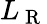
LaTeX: L_{\mathrm{~R~}}